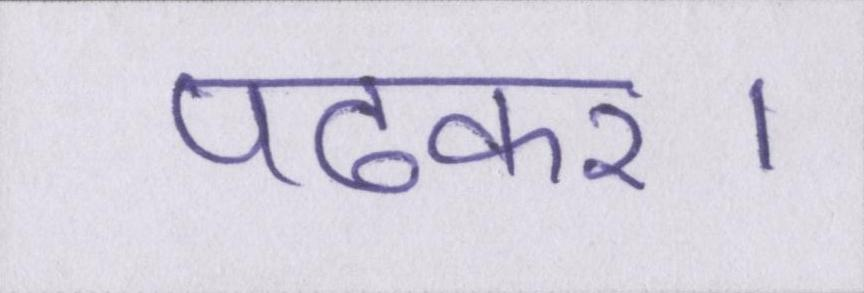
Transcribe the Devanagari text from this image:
पढ़कर।